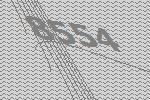
8554